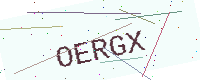
Text: OERGX